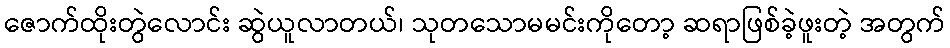
ဇောက်ထိုးတွဲလောင်း ဆွဲယူလာတယ်၊ သုတသောမမင်းကိုတော့ ဆရာဖြစ်ခဲ့ဖူးတဲ့ အတွက်